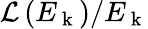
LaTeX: \mathcal{L}\left(E_{\mathrm{~k~}}\right)/E_{\mathrm{~k~}}